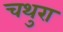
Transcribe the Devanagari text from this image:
चथुरा